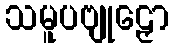
သမူပဗျုဠှော